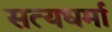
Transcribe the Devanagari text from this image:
सत्यधर्मा